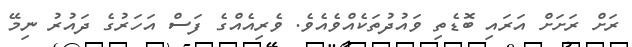
ރަށް ރަށަށް އަރައި ބޮޑެތި ވައުދުތަކެއްވެއެވެ. ވެރިއެއްގެ ފަސް އަހަރުގެ ދައުރު ނިމޭ